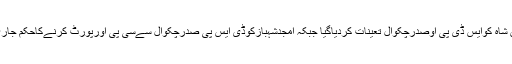
سیداظہرحسن شاہ کوایس ڈی پی اوصدرچکوال تعینات کردیاگیا جبکہ امجدشہبازکوڈی ایس پی صدرچکوال سےسی پی اورپورٹ کرنےکاحکم جاری کر دیا گیا۔